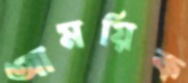
আময়িক